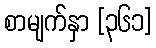
စာမျက်နှာ [၃၆၁]